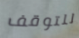
للتوقف